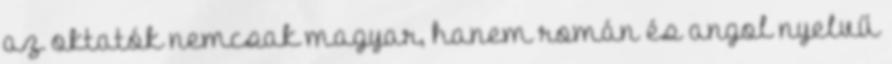
az oktatók nemcsak magyar, hanem román és angol nyelvű